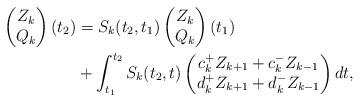
LaTeX: \begin{align*} \begin{pmatrix} Z_k \\ Q_k \end{pmatrix}(t_2) & = S_k(t_2,t_1) \begin{pmatrix} Z_k \\ Q_k \end{pmatrix}(t_1) \\ & + \int_{t_1}^{t_2} S_k(t_2, t) \begin{pmatrix} c_k^{+} Z_{k+1} + c_{k}^{-} Z_{k-1} \\ d_k^{+} Z_{k+1} + d_{k}^{-} Z_{k-1} \end{pmatrix} dt, \end{align*}